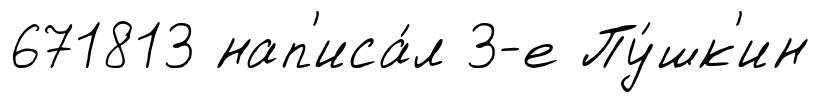
671813 нап'иса́л 3-е Пу́шк'ин